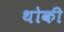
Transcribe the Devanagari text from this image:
थोकी